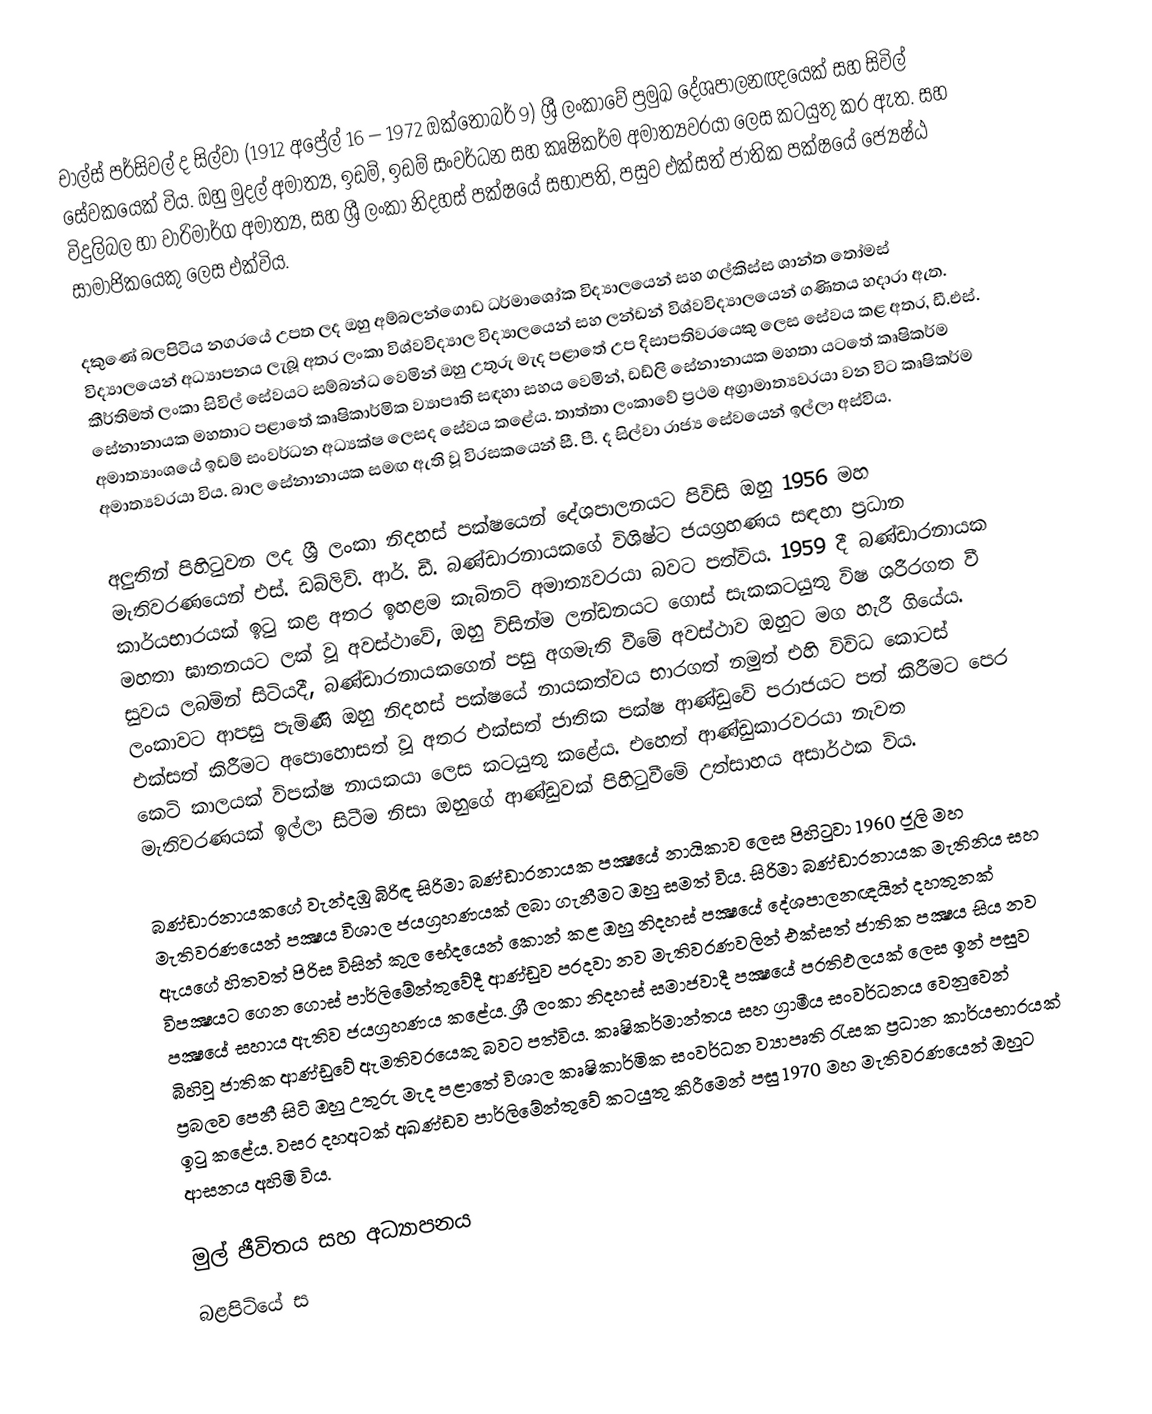
චාල්ස් පර්සිවල් ද සිල්වා (1912 අප්‍රේල් 16 – 1972 ඔක්තෝබර් 9) ශ්‍රී ලංකාවේ ප්‍රමුඛ දේශපාලනඥයෙක් සහ සිවිල් සේවකයෙක් විය. ඔහු මුදල් අමාත්‍ය, ඉඩම්, ඉඩම් සංවර්ධන සහ කෘෂිකර්ම අමාත්‍යවරයා ලෙස කටයුතු කර ඇත. සහ විදුලිබල හා වාරිමාර්ග අමාත්‍ය, සහ ශ්‍රී ලංකා නිදහස් පක්ෂයේ සභාපති, පසුව එක්සත් ජාතික පක්ෂයේ ජ්‍යෙෂ්ඨ සාමාජිකයෙකු ලෙස එක්විය.

දකුණේ බලපිටිය නගරයේ උපත ලද ඔහු අම්බලන්ගොඩ ධර්මාශෝක විද්‍යාලයෙන් සහ ගල්කිස්ස ශාන්ත තෝමස් විද්‍යාලයෙන් අධ්‍යාපනය ලැබූ අතර ලංකා විශ්වවිද්‍යාල විද්‍යාලයෙන් සහ ලන්ඩන් විශ්වවිද්‍යාලයෙන් ගණිතය හදාරා ඇත. කීර්තිමත් ලංකා සිවිල් සේවයට සම්බන්ධ වෙමින් ඔහු උතුරු මැද පළාතේ උප දිසාපතිවරයෙකු ලෙස සේවය කළ අතර, ඩී.එස්. සේනානායක මහතාට පළාතේ කෘෂිකාර්මික ව්‍යාපෘති සඳහා සහය වෙමින්, ඩඩ්ලි සේනානායක මහතා යටතේ කෘෂිකර්ම අමාත්‍යාංශයේ ඉඩම් සංවර්ධන අධ්‍යක්ෂ ලෙසද සේවය කළේය. තාත්තා ලංකාවේ ප්‍රථම අග්‍රාමාත්‍යවරයා වන විට කෘෂිකර්ම අමාත්‍යවරයා විය. බාල සේනානායක සමඟ ඇති වූ විරසකයෙන් සී. පී. ද සිල්වා රාජ්‍ය සේවයෙන් ඉල්ලා අස්විය.

අලුතින් පිහිටුවන ලද ශ්‍රී ලංකා නිදහස් පක්ෂයෙන් දේශපාලනයට පිවිසි ඔහු 1956 මහ මැතිවරණයෙන් එස්. ඩබ්ලිව්. ආර්. ඩී. බණ්ඩාරනායකගේ විශිෂ්ට ජයග්‍රහණය සඳහා ප්‍රධාන කාර්යභාරයක් ඉටු කළ අතර ඉහළම කැබිනට් අමාත්‍යවරයා බවට පත්විය. 1959 දී බණ්‌ඩාරනායක මහතා ඝාතනයට ලක්‌ වූ අවස්‌ථාවේ, ඔහු විසින්ම ලන්ඩනයට ගොස්‌ සැකකටයුතු විෂ ශරීරගත වී සුවය ලබමින් සිටියදී, බණ්‌ඩාරනායකගෙන් පසු අගමැති වීමේ අවස්‌ථාව ඔහුට මග හැරී ගියේය. ලංකාවට ආපසු පැමිණි ඔහු නිදහස් පක්ෂයේ නායකත්වය භාරගත් නමුත් එහි විවිධ කොටස් එක්සත් කිරීමට අපොහොසත් වූ අතර එක්සත් ජාතික පක්ෂ ආණ්ඩුවේ පරාජයට පත් කිරීමට පෙර කෙටි කාලයක් විපක්ෂ නායකයා ලෙස කටයුතු කළේය. එහෙත් ආණ්ඩුකාරවරයා නැවත මැතිවරණයක් ඉල්ලා සිටීම නිසා ඔහුගේ ආණ්ඩුවක් පිහිටුවීමේ උත්සාහය අසාර්ථක විය.

බණ්ඩාරනායකගේ වැන්දඹු බිරිඳ සිරිමා බණ්ඩාරනායක පක්‍ෂයේ නායිකාව ලෙස පිහිටුවා 1960 ජූලි මහ මැතිවරණයෙන් පක්‍ෂය විශාල ජයග්‍රහණයක් ලබා ගැනීමට ඔහු සමත් විය. සිරිමා බණ්ඩාරනායක මැතිනිය සහ ඇයගේ හිතවත් පිරිස විසින් කුල භේදයෙන් කොන් කළ ඔහු නිදහස් පක්‍ෂයේ දේශපාලනඥයින් දහතුනක් විපක්‍ෂයට ගෙන ගොස් පාර්ලිමේන්තුවේදී ආණ්‌ඩුව පරදවා නව මැතිවරණවලින් එක්සත් ජාතික පක්‍ෂය සිය නව පක්‍ෂයේ සහාය ඇතිව ජයග්‍රහණය කළේය. ශ්‍රී ලංකා නිදහස් සමාජවාදී පක්‍ෂයේ ප‍්‍රතිඵලයක් ලෙස ඉන් පසුව බිහිවූ ජාතික ආණ්ඩුවේ ඇමතිවරයෙකු බවට පත්විය. කෘෂිකර්මාන්තය සහ ග්‍රාමීය සංවර්ධනය වෙනුවෙන් ප්‍රබලව පෙනී සිටි ඔහු උතුරු මැද පළාතේ විශාල කෘෂිකාර්මික සංවර්ධන ව්‍යාපෘති රැසක ප්‍රධාන කාර්යභාරයක් ඉටු කළේය. වසර දහඅටක් අඛණ්ඩව පාර්ලිමේන්තුවේ කටයුතු කිරීමෙන් පසු 1970 මහ මැතිවරණයෙන් ඔහුට ආසනය අහිමි විය.

මුල් ජීවිතය සහ අධ්‍යාපනය
බළපිටියේ ස